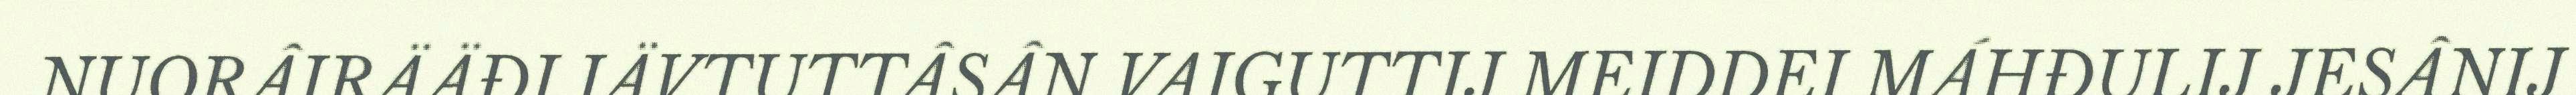
NUORÂIRÄÄĐI IÄVTUTTÂSÂN VAIGUTTIJ MEIDDEI MÁHĐULIJ JESÂNIJ